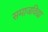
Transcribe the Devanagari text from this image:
समाजविद्या